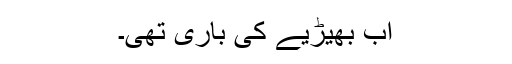
اب بھیڑیے کی باری تھی۔